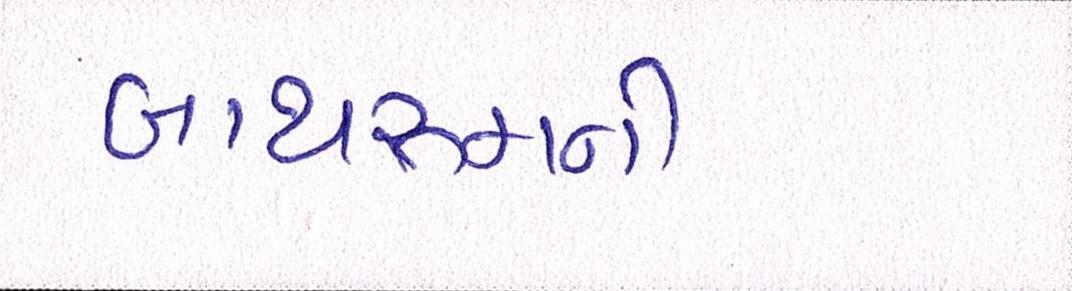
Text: બાથરૂમની